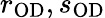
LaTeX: r_{\mathrm{OD}},s_{\mathrm{OD}}